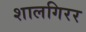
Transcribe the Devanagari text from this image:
शालगिरर